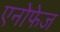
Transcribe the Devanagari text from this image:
एनोफेज